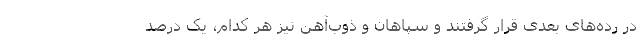
در رده‌های بعدی قرار گرفتند و سپاهان و ذوب‌آهن نیز هر کدام، یک درصد